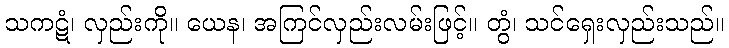
သကဋံ၊ လှည်းကို။ ယေန၊ အကြင်လှည်းလမ်းဖြင့်။ တွံ၊ သင်ရှေးလှည်းသည်။